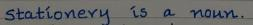
Stationery is a noun.